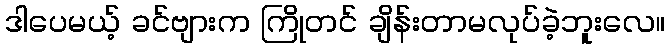
ဒါပေမယ့် ခင်ဗျားက ကြိုတင် ချိန်းတာမလုပ်ခဲ့ဘူးလေ။